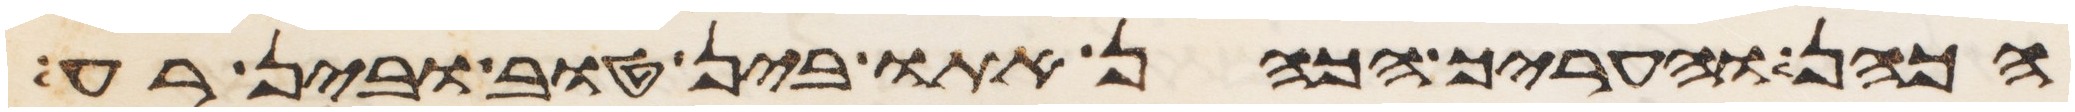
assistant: הכהן והעריך הכהן אתו בין טוב ובין רע